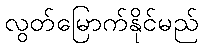
လွတ်မြောက်နိုင်မည်